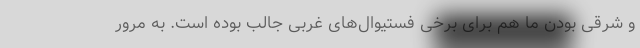
و شرقی بودن ما هم برای برخی فستیوال‌های غربی جالب بوده است. به مرور